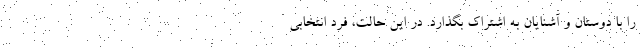
را با دوستان و آشنایان به اشتراک بگذارد. در این حالت، فرد انتخابی